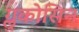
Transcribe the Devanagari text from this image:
ग्लुकोसिन